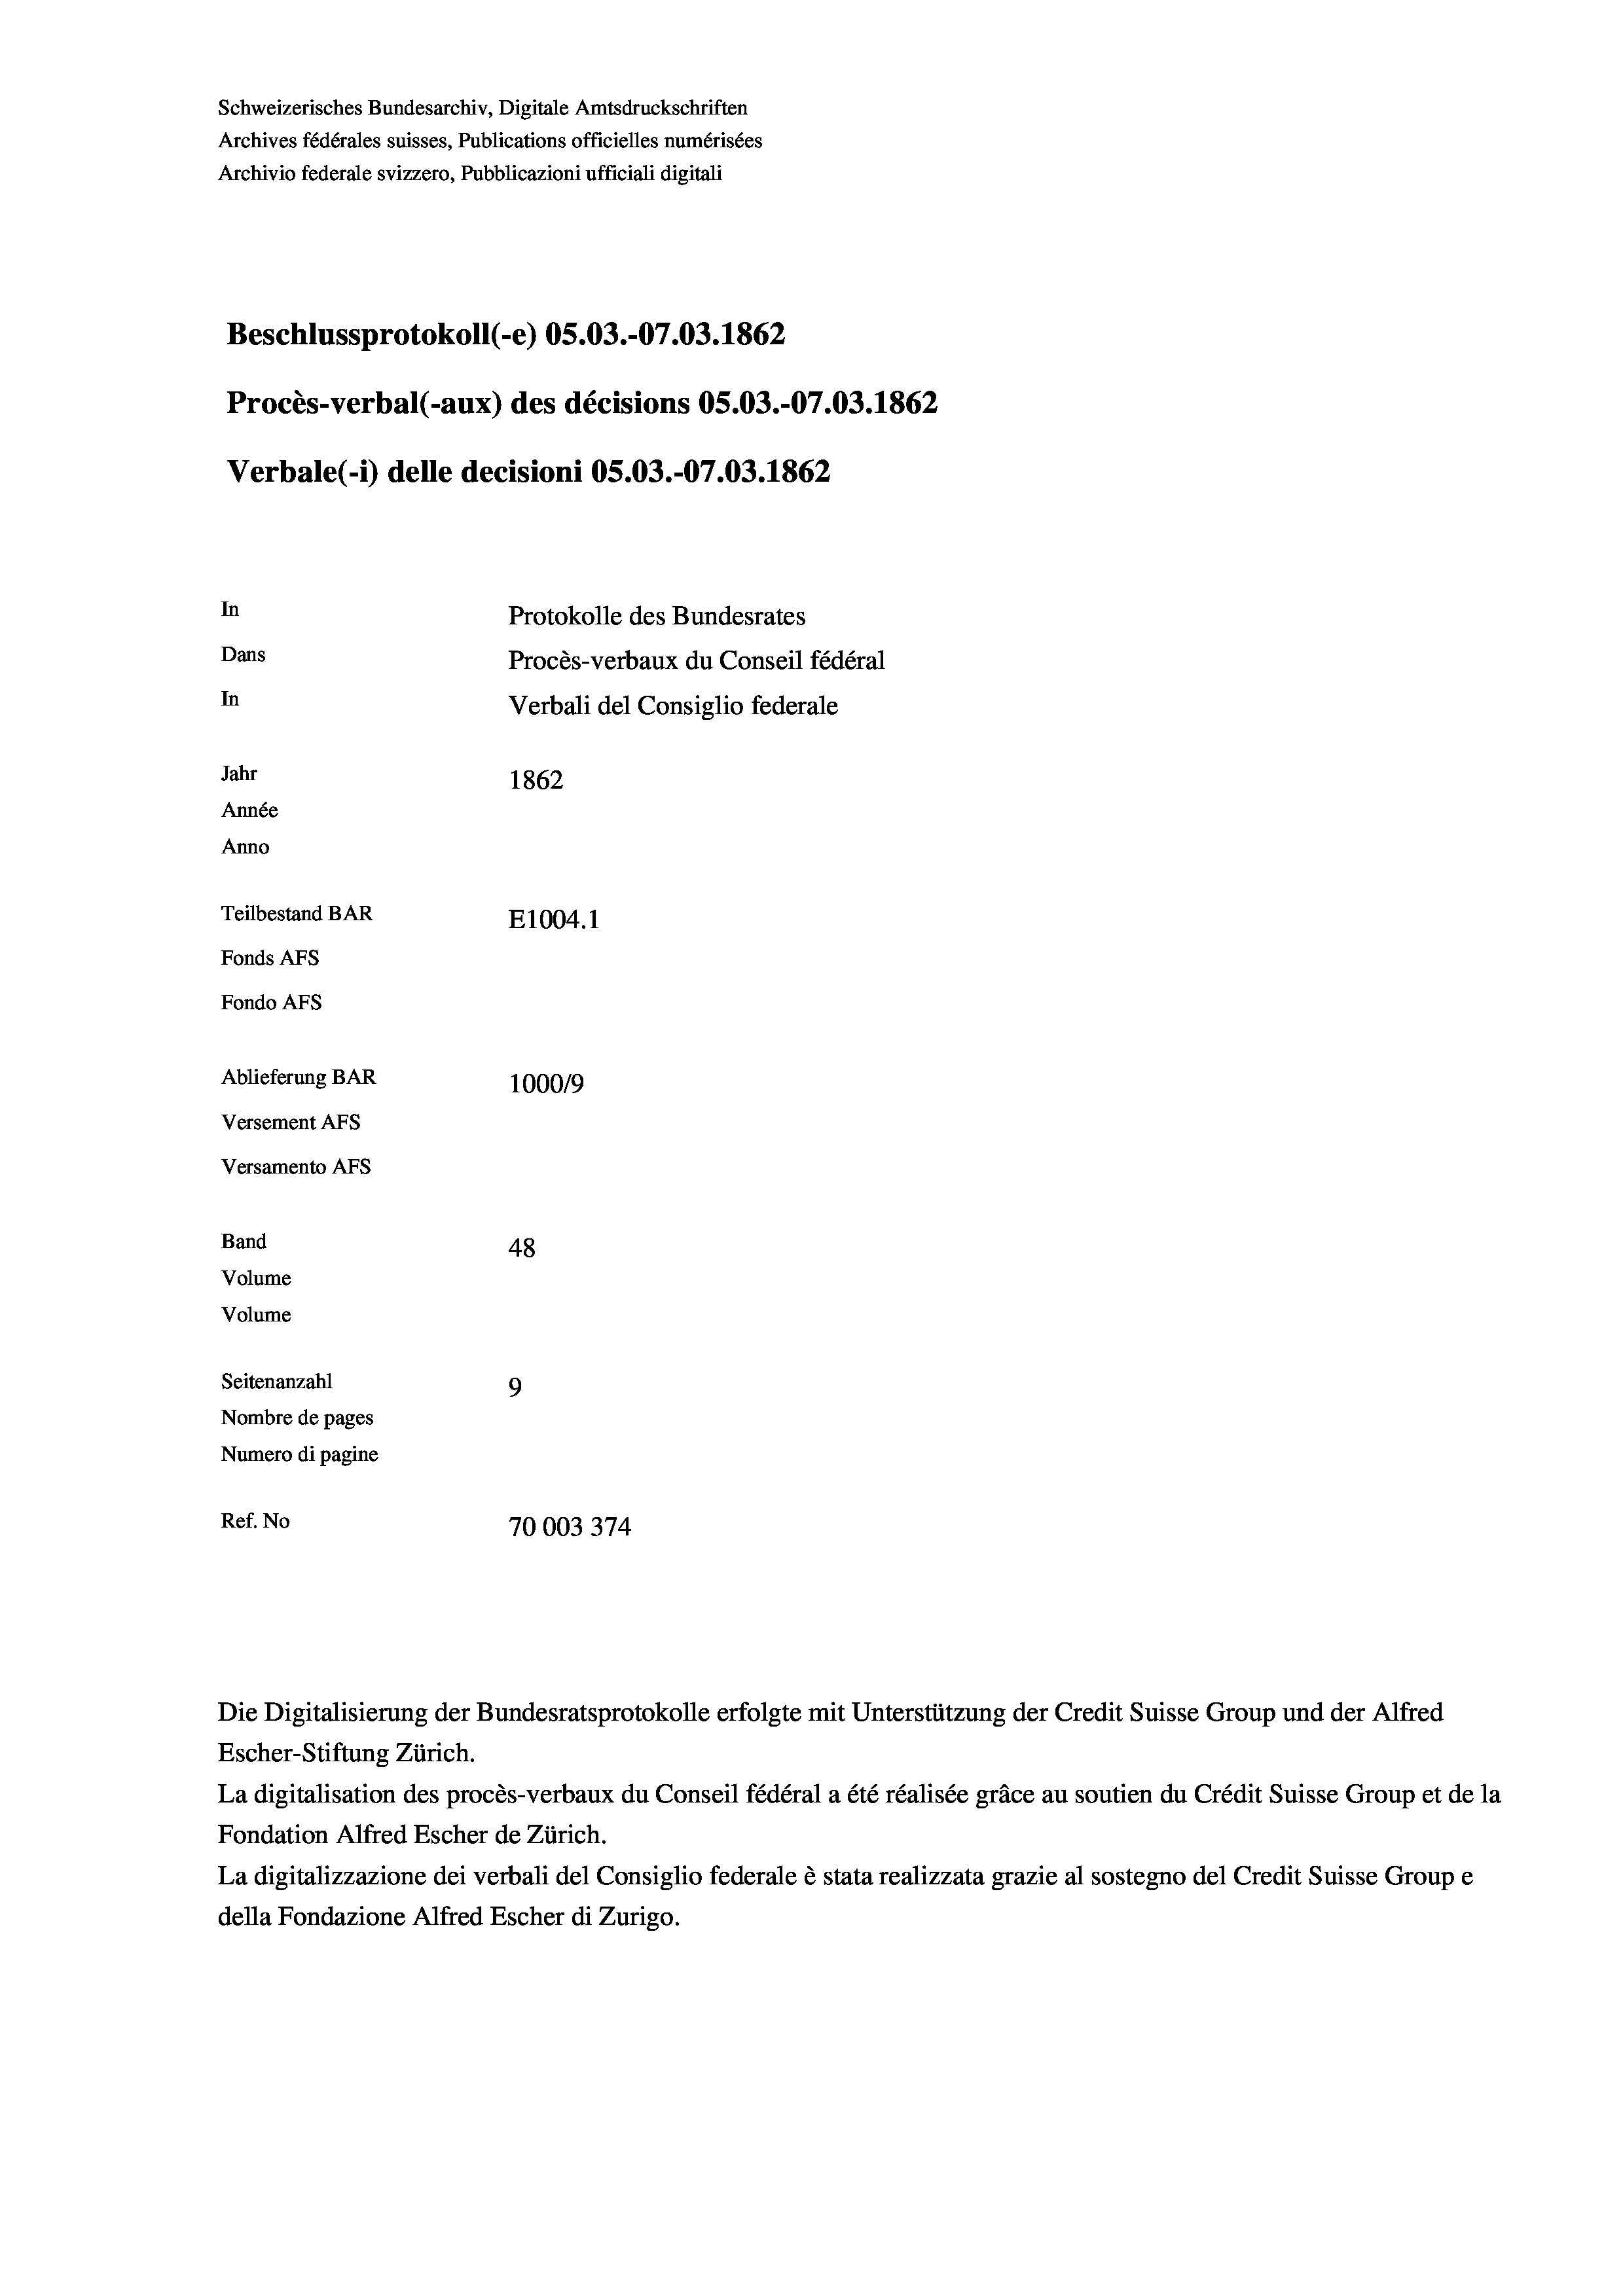
Beschlussprotokoll (-e) OS.03.-07.03. 1862
Procès-verbal (-aux) des décisions OS.03.-07.03. 1862
Verbale(*) delle decisioni OS.03.-O7.03. 1862
In
Protokolle des Bundesrates
Dans
Procès-verbaux du Conseil fédéral
In
Verbali del Consiglio federale
Jahr
1862
Année
Anno
Teilbestand BAR
E1004.1
Fonds AFs
Fondo AFS
Ablieferung BAR
100019
Versement AFs
Versamento AFs

Band
Volume
Volume

48
Seitenanzahl
9
Nombre de pages
Numero di pagine
Ref. No
70003374

Schweizerisches Bundesarchiv, Digitale Amtsdruckschriften
Archives fédérales suisses, Publications officielles numérisées
Archivio federale svizzero, Pubblicazioni ufficiali digitali

Escher-Stiftung Zürich.
La digitalisation des procès-verbaux du Conseil fédéral a été réalisée gräce au soutien du Crédit Suisse Group et de la
Fondation Alfred Escher de Zürich.
La digitalizzazione dei verbali del Consiglio federale è stata realizzata grazie al sostegno del Credit Suisse Groupe
della Fondazione Alfred Escher di Zurigo.

Die Digitalisierung der Bundesratsprotokolle erfolgte mit Unterstützung der Credit Suisse Group und der Alfred